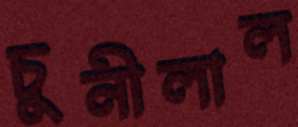
চুনীলাল